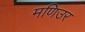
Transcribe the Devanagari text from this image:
मणिउर